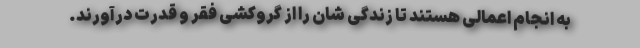
به انجام اعمالی هستند تا زندگی شان را از گروکشی فقر و قدرت درآورند.